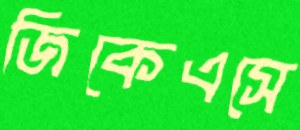
জিকেএসে